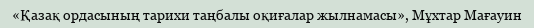
«Қазақ ордасының тарихи таңбалы оқиғалар жылнамасы», Мұхтар Мағауин